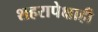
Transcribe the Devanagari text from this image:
शहरापेक्षाही